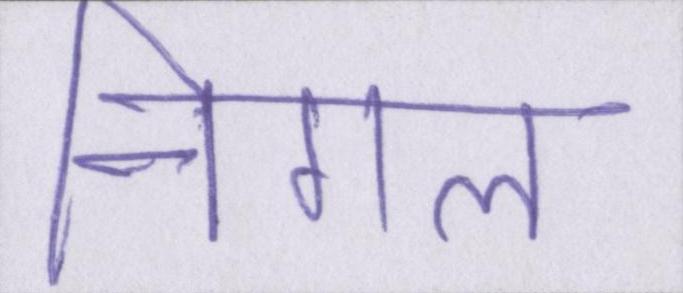
निगल